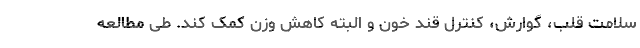
سلامت قلب، گوارش، کنترل قند خون و البته کاهش وزن کمک کند. طی مطالعه